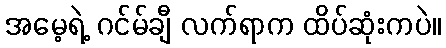
အမေ့ရဲ့ ဂင်မ်ချီ လက်ရာက ထိပ်ဆုံးကပဲ။